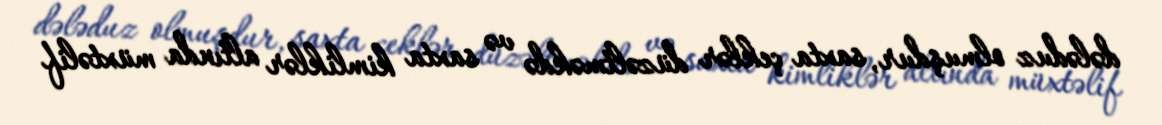
dələduz olmuşdur, saxta çeklər düzəltməkdə və saxta kimliklər altında müxtəlif